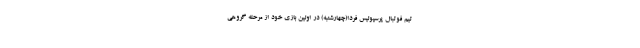
تیم فوتبال پرسپولیس فردا(چهارشنبه) در اولین بازی خود از مرحله گروهی